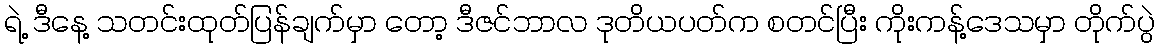
ရဲ့ ဒီနေ့ သတင်းထုတ်ပြန်ချက်မှာ တော့ ဒီဇင်ဘာလ ဒုတိယပတ်က စတင်ပြီး ကိုးကန့်ဒေသမှာ တိုက်ပွဲ